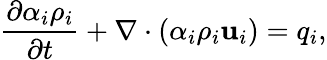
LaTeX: \frac{\partial\alpha_{i}\rho_{i}}{\partial t}+\nabla\cdot(\alpha_{i}\rho_{i}\mathbf{u}_{i})=q_{i},